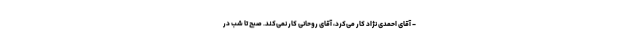
- آقای احمدی نژاد کار می‌کرد، آقای روحانی کار نمی‌کند. صبح تا شب در